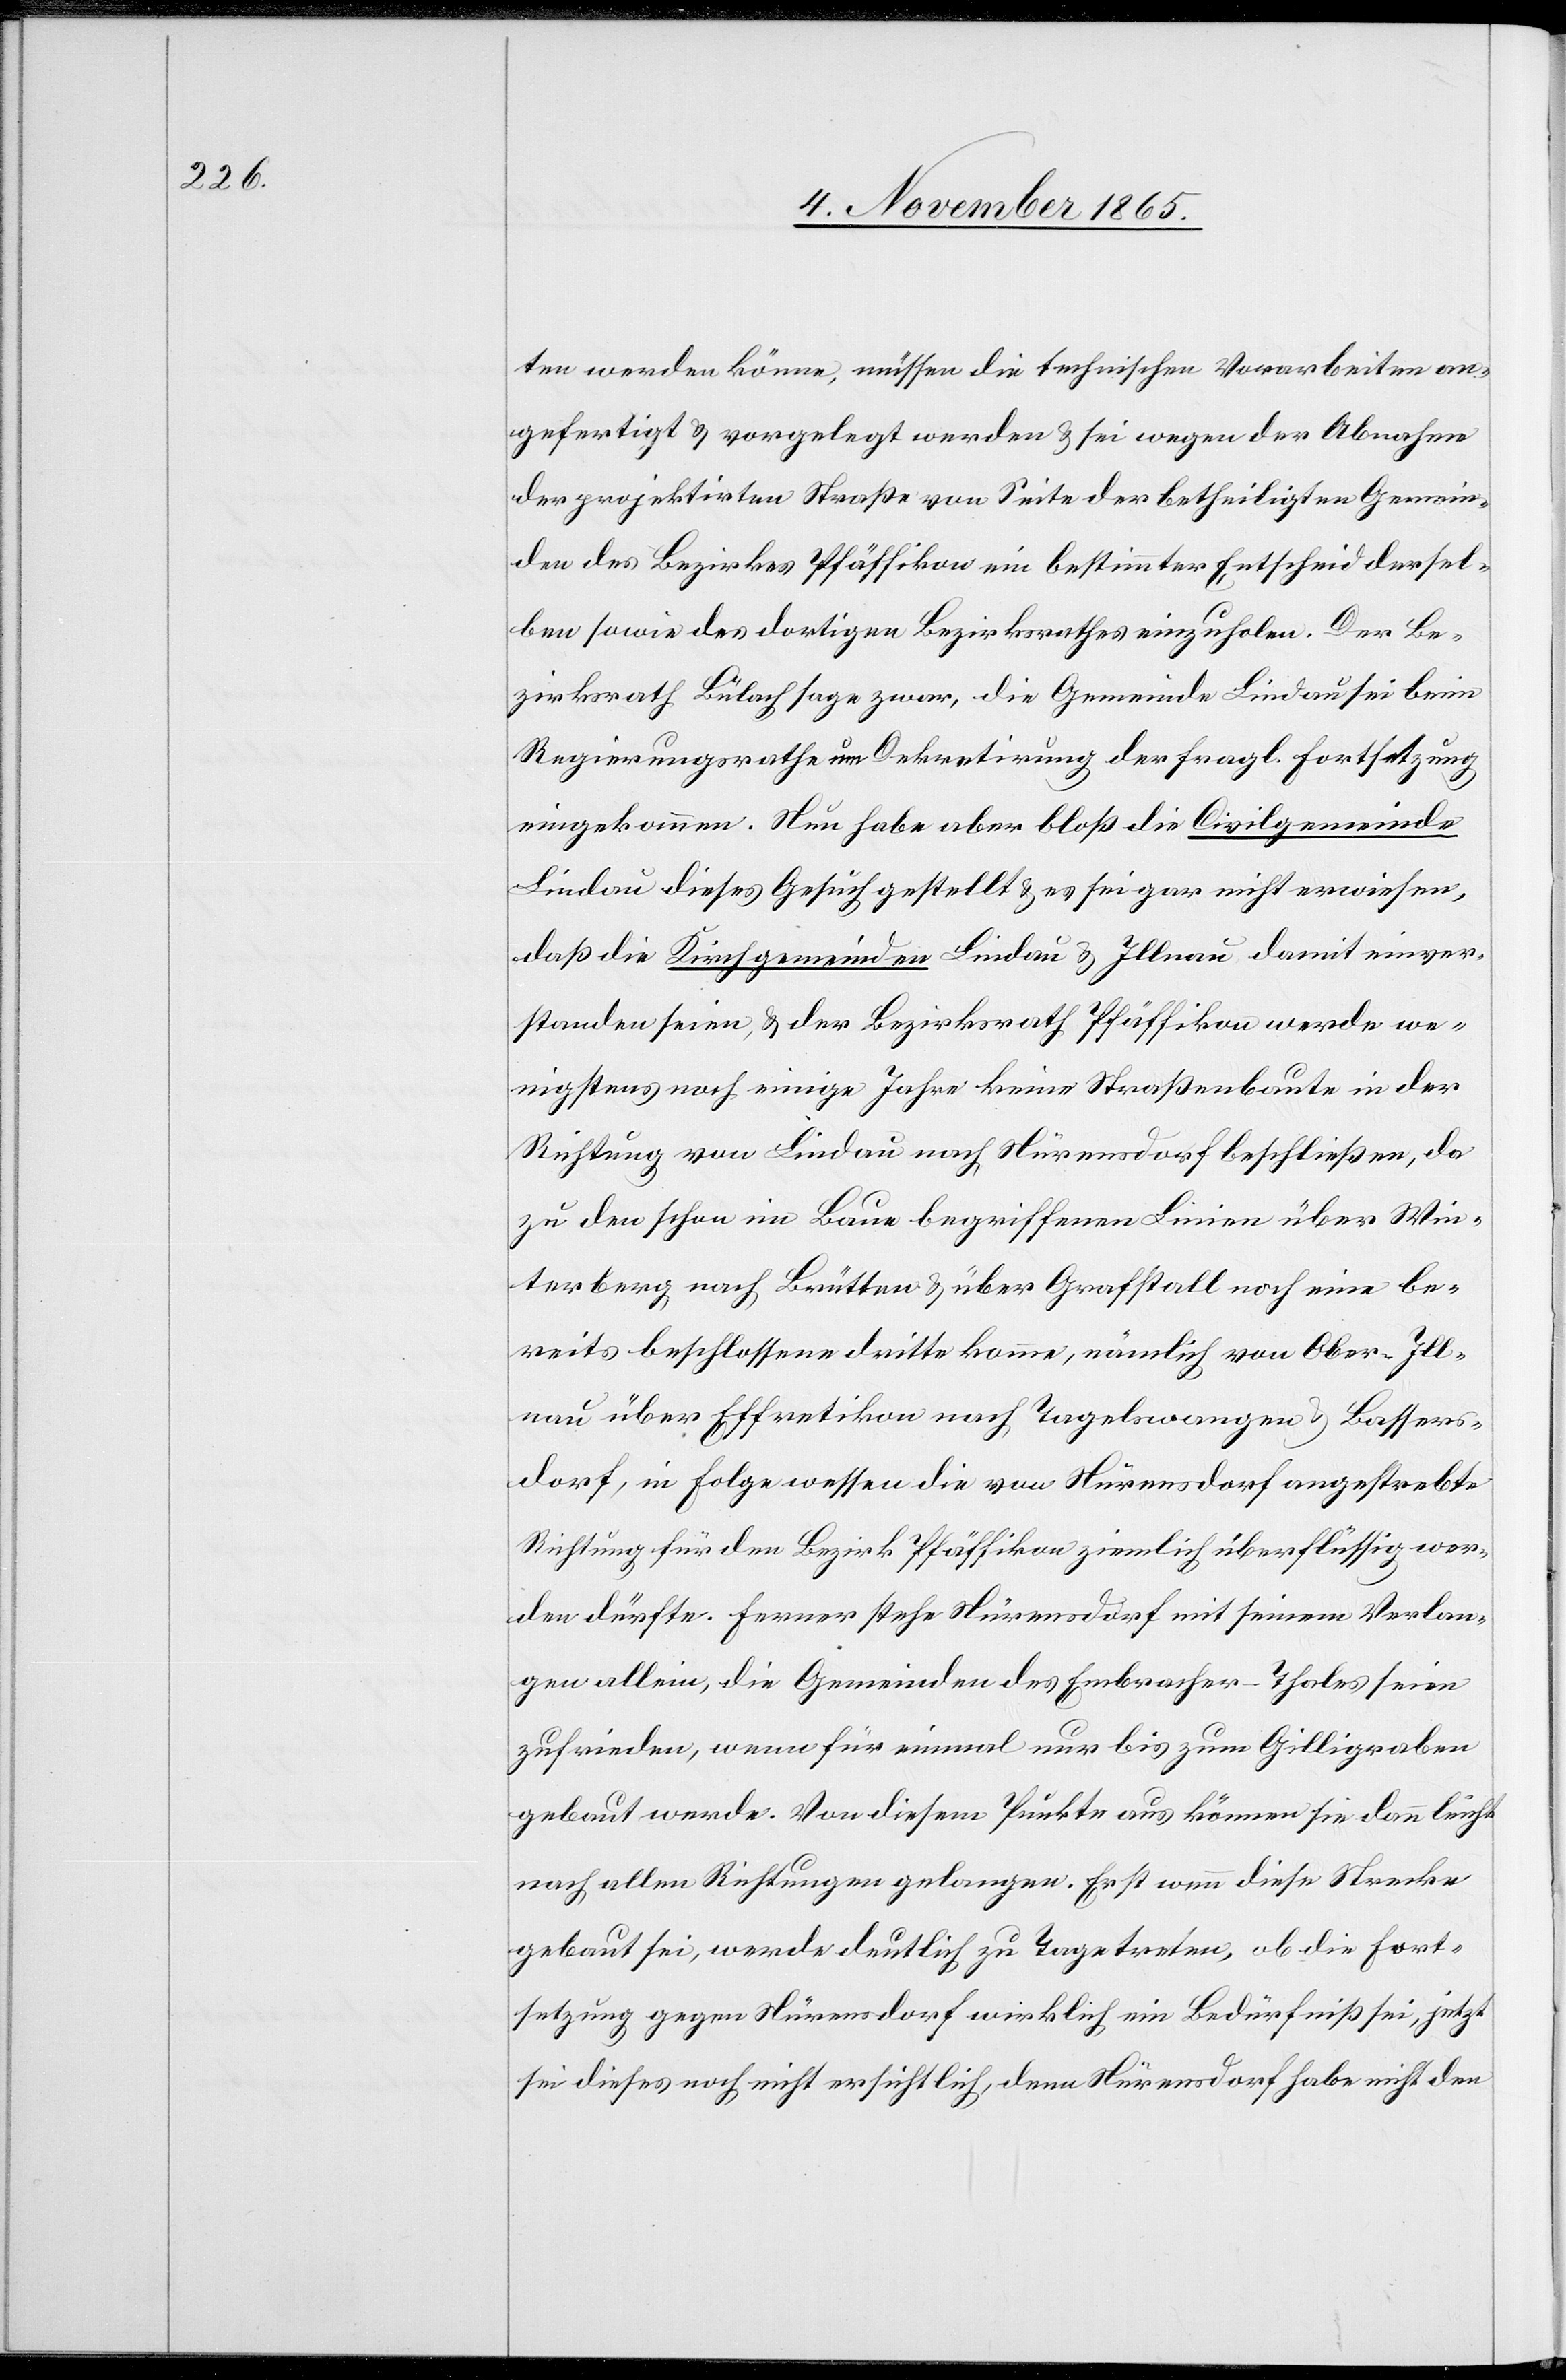
ten werden könne, müssen die technischen Vorarbeiten an¬
gefertigt & vorgelegt werden & sei wegen der Abnahme
der projektirten Straße von Seite der betheiligten Gemein¬
den des Bezirkes Pfäffikon ein bestimmter Entscheid dersel¬
ben sowie des dortigen Bezirksrathes einzuholen. Der Be¬
zirksrath Bülach sage zwar, die Gemeinde Lindau sei beim
Regierungsrathe um Dekretirung der fragl. Fortsetzung
eingekommen. Nun habe aber bloß die Civilgemeinde
Lindau dieses Gesuch gestellt & es sei gar nicht erwiesen,
daß die Kirchgemeinden Lindau & Illnau damit einver¬
standen seien, & der Bezirksrath Pfäffikon werde we¬
nigstens noch einige Jahre keine Straßenbaute in der
Richtung von Lindau nach Nürensdorf beschließen, da
zu den schon im Baue begriffenen Linien über Win¬
terberg nach Brütten & über Grafstall noch eine be¬
reits beschlossene dritte komme, nämlich von Ober-Ill¬
nau über Effretikon nach Tagelswangen & Bassers¬
dorf, in Folge wessen die von Nürensdorf angestrebte
Richtung für den Bezirk Pfäffikon ziemlich überflüssig wer¬
den dürfte. Ferner stehe Nürensdorf mit seinem Verlan¬
gen allein, die Gemeinden des Embracher-Thales seien
zufrieden, wenn für einmal nur bis zum Gilligraben
gebaut werde. Von diesem Punkte aus können sie dann leicht
nach allen Richtungen gelangen. Erst wenn diese Strecke
gebaut sei, werde deutlich zu Tage treten, ob die Fort¬
setzung gegen Nürensdorf wirklich ein Bedürfniß sei, jetzt
sei dieses noch nicht ersichtlich, denn Nürensdorf habe nicht den